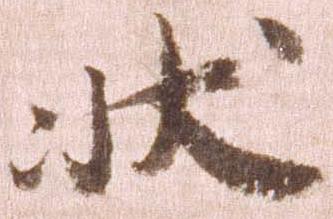
状